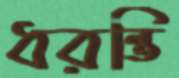
ধরন্তি